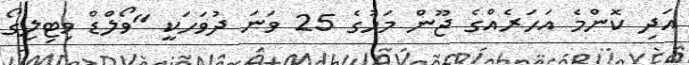
އަދި ކޮންމެ އަހަރެއްގެ ޖޫން މަހުގެ 25 ވަނަ ދުވަހަކީ "ވޯލްޑް ވިޓިލިގޯ